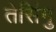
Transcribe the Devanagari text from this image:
तेसिंगु